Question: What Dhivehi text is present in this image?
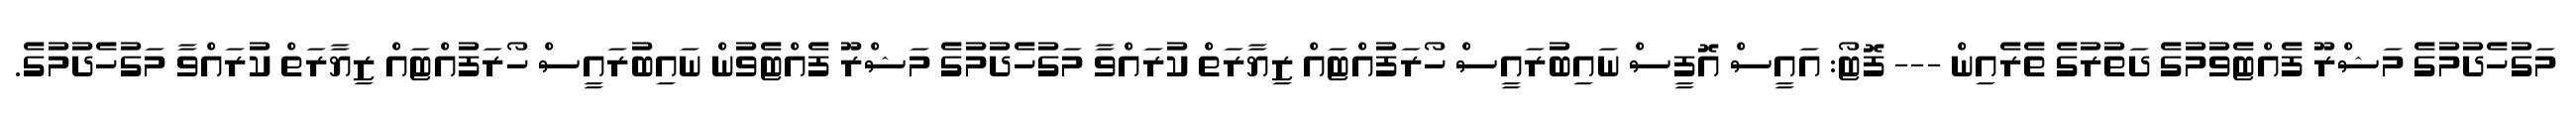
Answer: މަގުހެދުމުގެ މަޝްރޫ ފެއްޓެވުމުގެ ދަތުރުގެ ތެރެއިން --- ފޮޓޯ: އައީސް އޮފީސް ނައިބުރައީސް ހޯރަފުއްޓައް ޒިޔާރަތް ކުރައްވާ މަގުހެދުމުގެ މަޝްރޫ ފެއްޓެވުން ނައިބުރައީސް ހޯރަފުއްޓައް ޒިޔާރަތް ކުރައްވާ މަގުހެދުމުގެ.